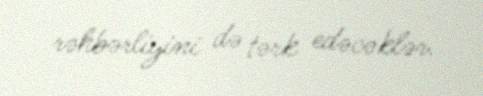
rəhbərliyini də tərk edəcəklər.